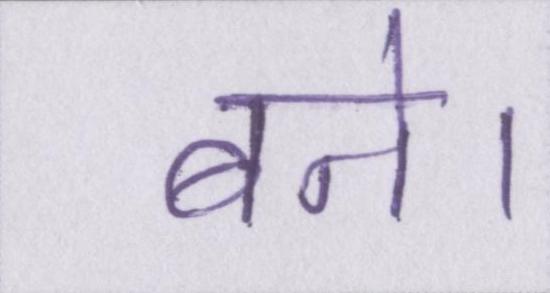
बने।